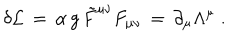
\delta { \cal L } \, = \, \alpha \, g \, { \tilde { F } } ^ { \mu \nu } F _ { \mu \nu } \, = \, \partial _ { \mu } \Lambda ^ { \mu } \; .